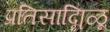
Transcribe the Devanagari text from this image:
प्रतिसाद्मिळू